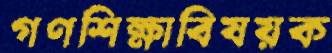
গণশিক্ষাবিষয়ক